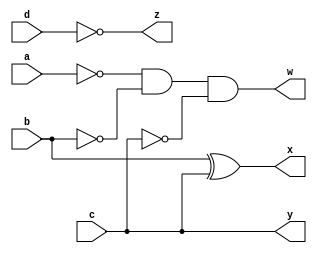
module complement(a,b,c,d,w,x,y,z);
	
	input a,b,c,d;
	output w,x,y,z;
	wire w1,w2,w3,w4;
	
	not(w1,a);  		// w1 = a`
	not(w2,b);			// w2 = b`
	not(w4,c);			// w4 = c`
	and(w3,w1,w2);		// w3 = w1.w2 = (a`.b`)
	and(w,w3,w4);		// w = w3.w4 = (a`.b`.c`)
	xor(x,b,c);			// x = (b xor c)
	buf(y,c);			// y = c
	not(z,d);			// z = d`
	
endmodule